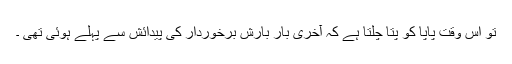
تو اس وقت پاپا کو پتا چلتا ہے کہ آخری بار بارش برخوردار کی پیدائش سے پہلے ہوئی تھی ۔